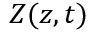
Z ( z , t )